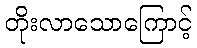
တိုးလာသောကြောင့်